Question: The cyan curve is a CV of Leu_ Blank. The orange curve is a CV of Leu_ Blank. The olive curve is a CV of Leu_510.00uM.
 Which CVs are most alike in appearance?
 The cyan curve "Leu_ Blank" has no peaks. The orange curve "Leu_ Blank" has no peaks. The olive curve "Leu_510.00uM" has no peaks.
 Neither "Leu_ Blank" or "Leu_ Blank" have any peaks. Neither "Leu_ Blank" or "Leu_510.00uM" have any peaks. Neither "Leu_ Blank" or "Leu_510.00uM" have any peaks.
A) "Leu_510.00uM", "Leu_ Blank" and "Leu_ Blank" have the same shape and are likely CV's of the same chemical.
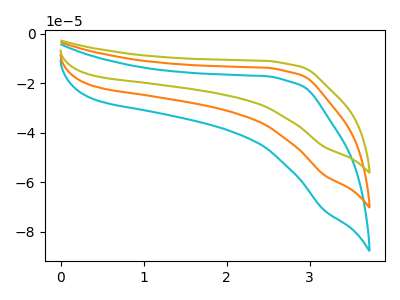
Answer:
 <answer>A) "Leu_510.00uM", "Leu_ Blank" and "Leu_ Blank" have the same shape and are likely CV's of the same chemical.</answer>
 <eval>A</eval>